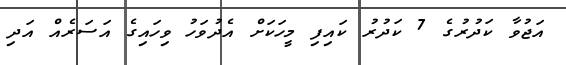
އަޖުވާ ކަދުރުގެ 7 ކަދުރު ކައިފި މީހަކަށް އެދުވަހު ވިހައިގެ އަސަރެއް އަދި